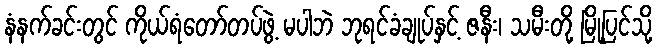
နံနက်ခင်းတွင် ကိုယ်ရံတော်တပ်ဖွဲ့ မပါဘဲ ဘုရင်ခံချုပ်နှင့် ဇနီး၊ သမီးတို့ မြို့ပြင်သို့